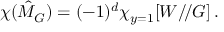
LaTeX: \chi ( \hat { \cal M } _ { G } ) = ( - 1 ) ^ { d } \chi _ { y = 1 } [ W / \! / G ] \, .